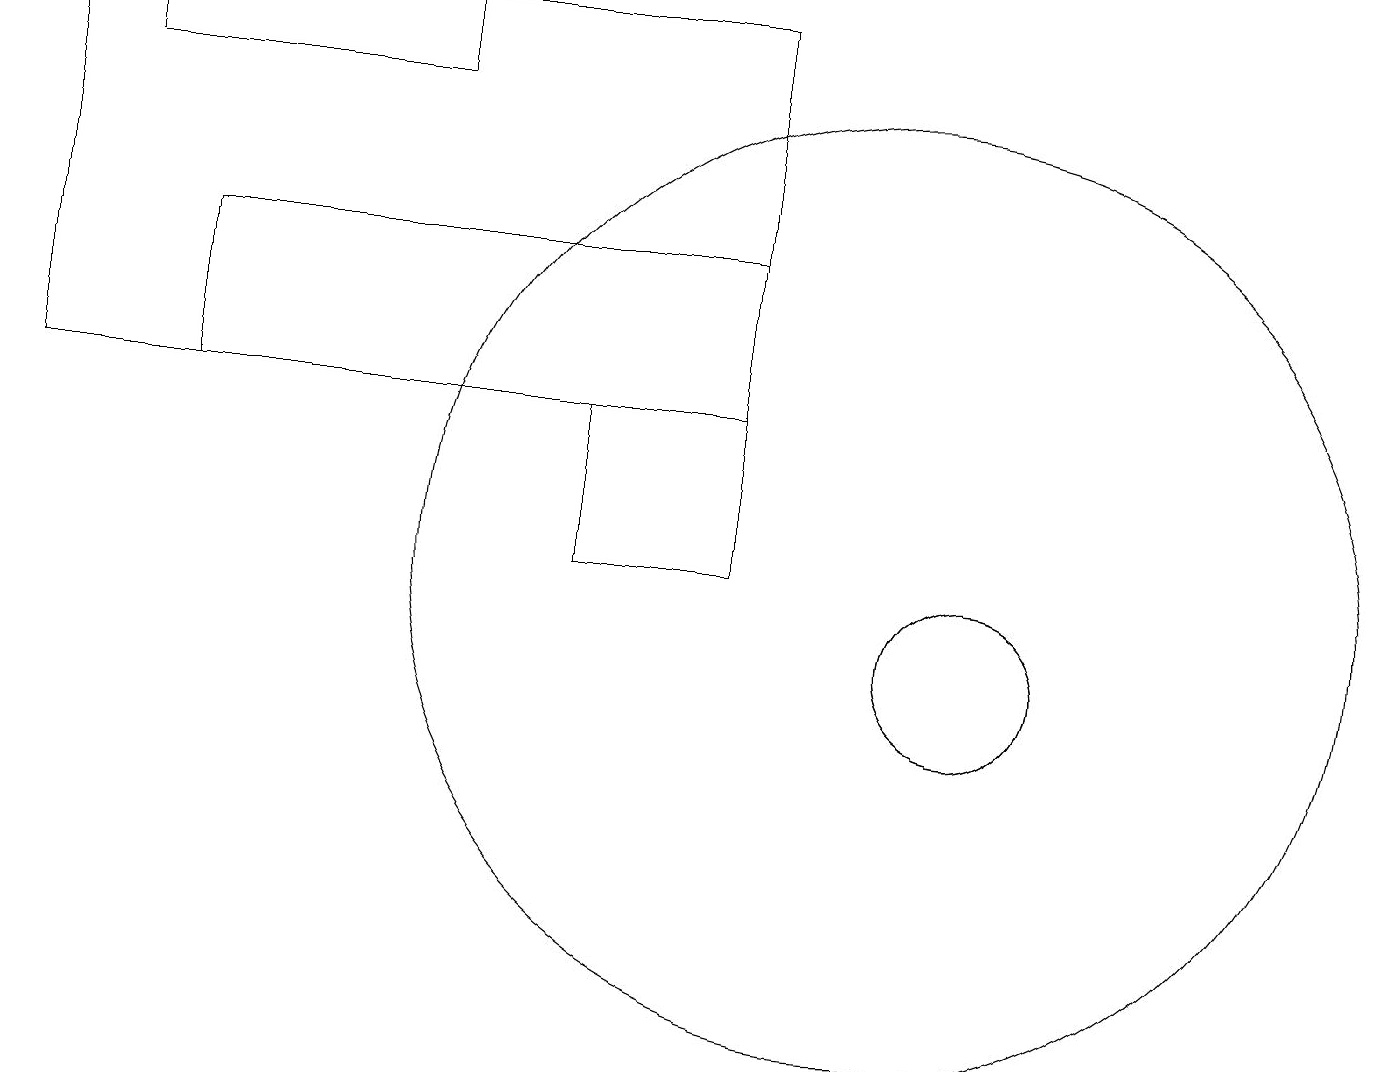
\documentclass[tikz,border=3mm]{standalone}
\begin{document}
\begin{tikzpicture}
\draw (9,13) rectangle (2,15);
\draw (5,18) rectangle (1,17);
\draw (9,18) rectangle (0,13);
\draw (9,13) rectangle (7,11);
\draw (12,10) circle (1);
\draw (12,10) circle (1);
\draw (11,11) circle (6);
\draw (12,11) circle (0);
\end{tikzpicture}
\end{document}